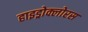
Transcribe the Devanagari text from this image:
हाइड्रोक्लोरस